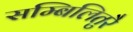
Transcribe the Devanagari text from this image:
सम्बिलितुरै